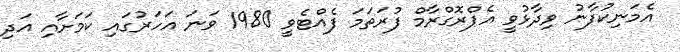
އެމަނިކުފާނު ވިދާޅުވީ އެޕްރޮގްރާމް ފުރަތަމަ ފެއްޓެވީ 1980 ވަނަ އަހަރުގައި ކަމަށާއި އަދި